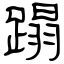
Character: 蹋